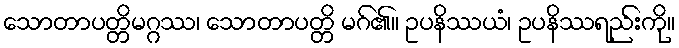
သောတာပတ္တိမဂ္ဂဿ၊ သောတာပတ္တိ မဂ်၏။ ဥပနိဿယံ၊ ဥပနိဿရည်းကို။